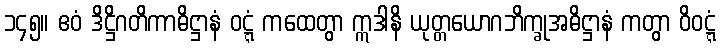
၁၄၅။ ဧဝံ ဒိဋ္ဌိဂတိကာဓိဋ္ဌာနံ ဝဋ္ဋံ ကထေတွာ ဣဒါနိ ယုတ္တယောဂဘိက္ခုအဓိဋ္ဌာနံ ကတွာ ဝိဝဋ္ဋံ